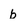
Character: b